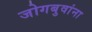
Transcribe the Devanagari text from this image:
जोगबुवांना